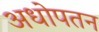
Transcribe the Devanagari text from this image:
अधोपतन